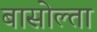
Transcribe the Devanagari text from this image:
बासोल्ता